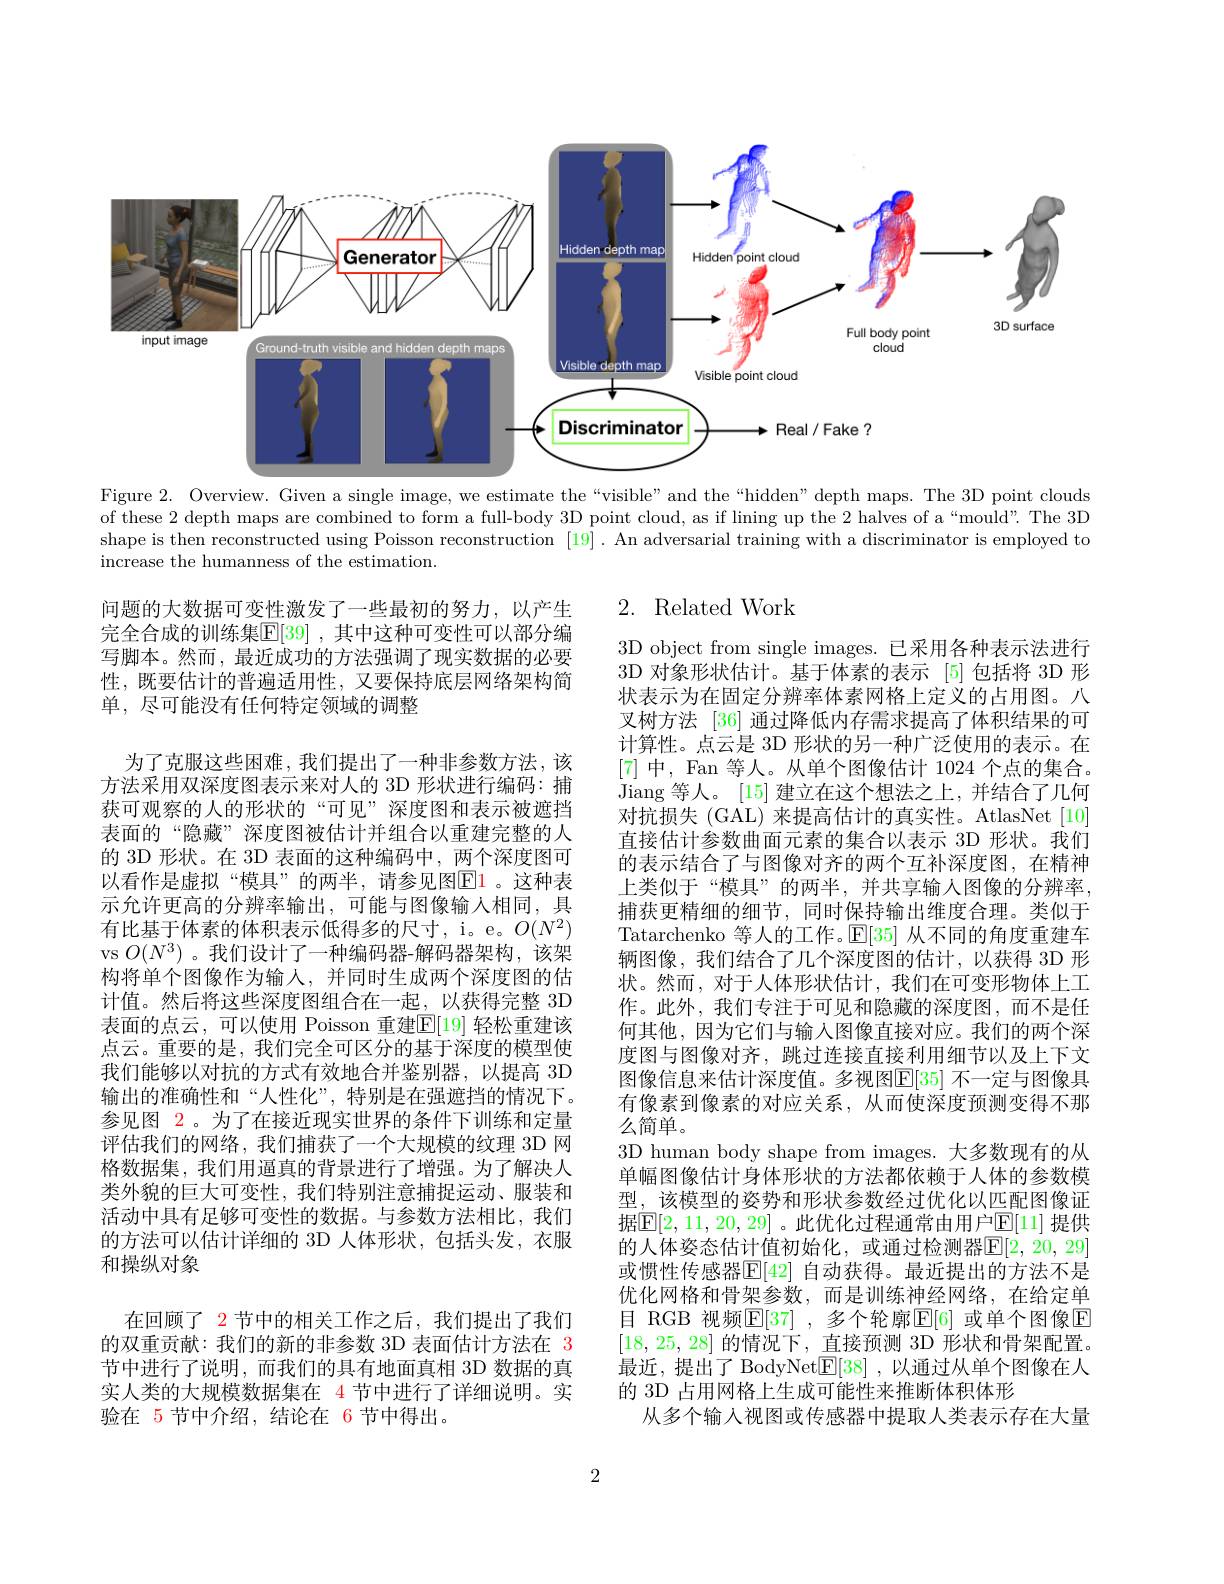
<FigureHere>
Figure 2. Overview. Given a single image, we estimate the “visible”and the“hidden”depth maps. The 3D point clouds

of these 2 depth maps are combined to form a full-body 3D point cloud, as if lining up the 2 halves of a“mould”. The 3D shape is then reconstructed using Poisson reconstruction [19]. An adversarial training with a discriminator is employed to increase the humanness of the estimation.

# 2. Related Work

问题的大数据可变性激发了一些最初的努力，以产生完全合成的训练集$\mathbb{E}[39]$ ,其中这种可变性可以部分编写脚本。然而，最近成功的方法强调了现实数据的必要性，既要估计的普遍适用性，又要保持底层网络架构简单，尽可能没有任何特定领域的调整
为了克服这些困难，我们提出了一种非参数方法，该方法采用双深度图表示来对人的 3D 形状进行编码：捕获可观察的人的形状的“可见”深度图和表示被遮挡表面的“隐藏”深度图被估计并组合以重建完整的人的 3D 形状。在 3D 表面的这种编码中，两个深度图可以看作是虚拟“模具”的两半，请参见图$\color{red}{\mathrm{F1}}$。这种表示允许更高的分辨率输出，可能与图像输人相同，具有比基于体素的体积表示低得多的尺寸，i。e。$O(N^2)$ vs $O(N^3)$ 。我们设计了一种编码器-解码器架构，该架构将单个图像作为输入，并同时生成两个深度图的估计值。然后将这些深度图组合在一起，以获得完整 3D 表面的点云，可以使用 Poisson 重建$\mathbb{E}[19]$ 轻松重建该点云。重要的是，我们完全可区分的基于深度的模型使我们能够以对抗的方式有效地合并鉴别器，以提高 3D 输出的准确性和“人性化”,特别是在强遮挡的情况下。参见图 2。为了在接近现实世界的条件下训练和定量评估我们的网络，我们捕获了一个大规模的纹理 3D 网格数据集，我们用逼真的背景进行了增强。为了解决人类外貌的巨大可变性，我们特别注意捕捉运动、服装和活动中具有足够可变性的数据。与参数方法相比，我们的方法可以估计详细的 3D 人体形状，包括头发，衣服和操纵对象
在回顾了 2 节中的相关工作之后，我们提出了我们的双重贡献：我们的新的非参数 3D 表面估计方法在 3节中进行了说明，而我们的具有地面真相 3D 数据的真实人类的大规模数据集在 4 节中进行了详细说明。实

3D object from single images. 已采用各种表示法进行3D 对象形状估计。基于体素的表示[5]包括将 3D 形状表示为在固定分辨率体素网格上定义的占用图。八叉树方法 [36] 通过降低内存需求提高了体积结果的可计算性。点云是 3D 形状的另一种广泛使用的表示。在[7]中，Fan 等人。从单个图像估计 1024 个点的集合。Jiang 等人。[15] 建立在这个想法之上，并结合了几何对抗损失 (GAL) 来提高估计的真实性。AtlasNet[10] 直接估计参数曲面元素的集合以表示 3D 形状。我们的表示结合了与图像对齐的两个互补深度图，在精神上类似于“模具”的两半，并共享输入图像的分辨率， 捕获更精细的细节，同时保持输出维度合理。类似于Tatarchenko 等人的工作。$\mathbb{E}[35]$从不同的角度重建车辆图像，我们结合了几个深度图的估计，以获得 3D 形状。然而，对于人体形状估计，我们在可变形物体上工作。此外，我们专注于可见和隐藏的深度图，而不是任何其他，因为它们与输入图像直接对应。我们的两个深度图与图像对齐，跳过连接直接利用细节以及上下文图像信息来估计深度值。多视图$\mathbb{E}[35]$ 不一定与图像具有像素到像素的对应关系，从而使深度预测变得不那么简单。
3D human body shape from images. 大多数现有的从单幅图像估计身体形状的方法都依赖于人体的参数模型，该模型的姿势和形状参数经过优化以匹配图像证据$\boxed{\mathbb{E}[2,11,20,29]}$。此优化过程通常由用户$\boxed{\mathbb{E}[11]}$ 提供的人体姿态估计值初始化，或通过检测器$\mathbb{E}[2,20,29]$ 或惯性传感器$\mathbb{E}[42]$ 自动获得。最近提出的方法不是优化网格和骨架参数，而是训练神经网络，在给定单目 RGB 视频$\mathbb{E}[37]$ ,多个轮廓$\mathbb{E}[6]$ 或单个图像$\mathbb{E}$ [18,25,28]的情况下，直接预测 3D 形状和骨架配置。最近，提出了 BodyNet$\underline{\mathrm{E}}[38]$ ,以通过从单个图像在人的 3D 占用网格上生成可能性来推断体积体形
从多个输入视图或传感器中提取人类表示存在大量

验在 5 节中介绍，结论在 6 节中得出。

2